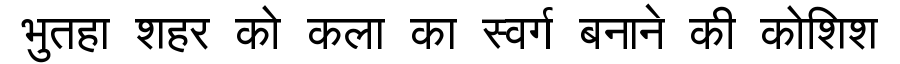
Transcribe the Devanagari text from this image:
भुतहा शहर को कला का स्वर्ग बनाने की कोशिश